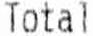
TOTAL